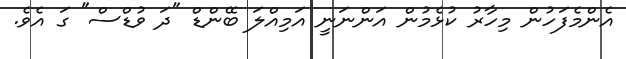
އެންމެފަހުން މިހާރު ކުޅެމުން އަންނަނީ އަމިއްލަ ބޭންޑް "ދަ ވުޑްސް" ގަ އެވެ.